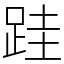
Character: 跬